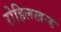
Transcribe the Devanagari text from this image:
रोहिलखन्ड